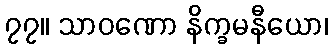
၇၇။ သာဝဏော နိက္ခမနီယော၊